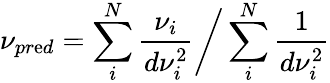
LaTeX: \nu_{pr\mathrm{e}d}=\sum_{i}^{N}{\frac{{\nu_{i}}}{{d\nu_{i}^{2}}}}\bigg/\sum_{i}^{N}{\frac{{1}}{{d\nu_{i}^{2}}}}